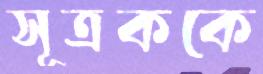
সূত্রককে